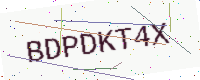
Text: BDPDKT4X